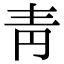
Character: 靑